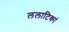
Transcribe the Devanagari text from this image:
ललाटिकां